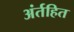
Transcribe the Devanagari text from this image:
अंर्तहित